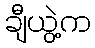
ချီယွဲ့က